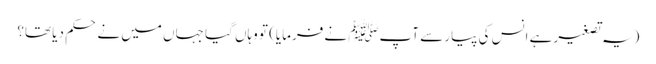
(یہ تصغیر ہے انس کی پیار سے آپﷺ نے فرمایا) تو وہاں گیا جہاں میں نے حکم دیا تھا؟